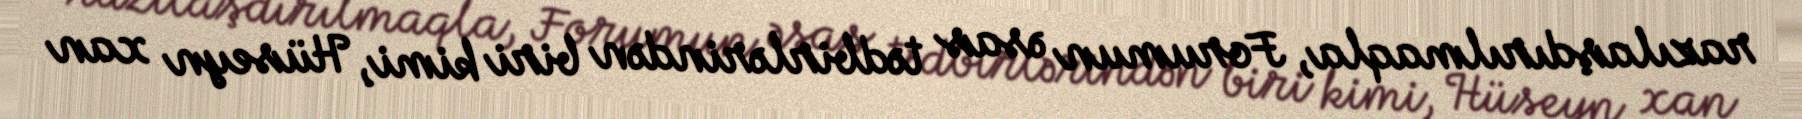
razılaşdırılmaqla, Forumun əsas tədbirlərindən biri kimi, Hüseyn xan